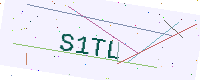
Text: S1TL